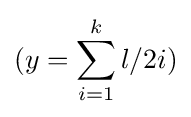
(y=\sum _{i=1}^{k}l/2i)